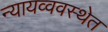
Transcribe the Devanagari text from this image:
न्यायव्ववस्थेत